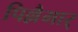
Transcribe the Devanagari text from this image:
पिल्लैमार्